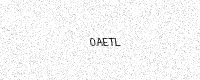
Text: 0AETL